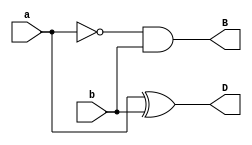
module half_sub( a,b, D,B);
input a,b;
output D,B;
assign D=a^b;
assign B=(~a)&b;
endmodule


module full_sub(input a,b,c,output dif,bor);
wire w1,w2,w3;
half_sub m1(a,b,w1,w2);
half_sub m2(w1,c,dif,w3);
assign bor=w2|w3;
endmodule